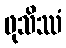
ဖုသိဿံ